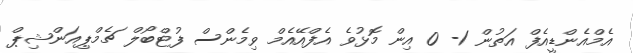
އެމްއެންޑީއެފް އަތުން 1- 0 އިން މޮޅުވެ އެފްއޭއެމް ވިމެންސް ފުޓްބޯލް ޗެމްޕިއަންޝިޕް